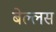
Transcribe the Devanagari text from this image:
बेल्लस